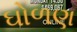
ઘોળણ